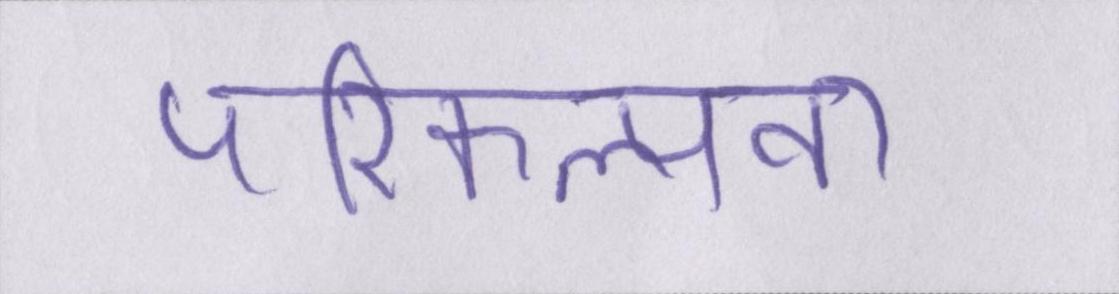
परिकल्पना